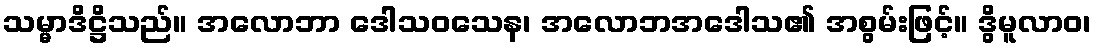
သမ္မာဒိဋ္ဌိသည်။ အလောဘာ ဒေါသဝသေန၊ အလောဘအဒေါသ၏ အစွမ်းဖြင့်။ ဒွိမူလာဝ၊